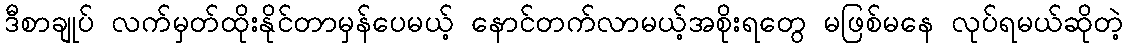
ဒီစာချုပ် လက်မှတ်ထိုးနိုင်တာမှန်ပေမယ့် နောင်တက်လာမယ့်အစိုးရတွေ မဖြစ်မနေ လုပ်ရမယ်ဆိုတဲ့